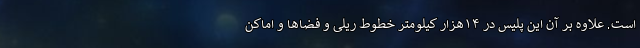
است. علاوه بر آن این پلیس در ۱۴هزار کیلومتر خطوط ریلی و فضاها و اماکن